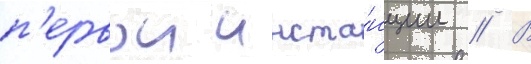
п'ервои инста́нции // В